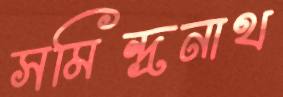
সমিন্দ্রনাথ